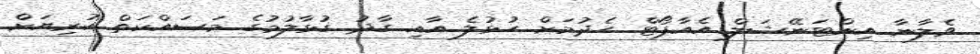
ވެލާނާ އިންޓަނޭޝަލް އެއާޕޯޓް ހެދުމަށް ހުޅުލެ އާއި ގާދު ގުޅާލުމުގެ މަސައްކަތް ކުރިޔަށް